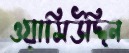
ওয়াসিউদ্দিন